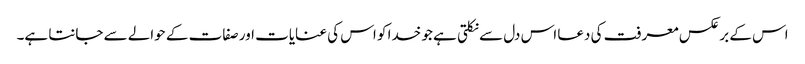
اس کے برعکس معرفت کی دعا اس دل سے نکلتی ہے جو خدا کو اس کی عنایات اور صفات کے حوالے سے جانتا ہے۔